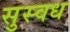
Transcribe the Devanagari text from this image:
सुस्वध